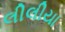
લીલીયા